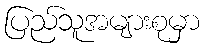
ပြည်သူအများစုမှာ